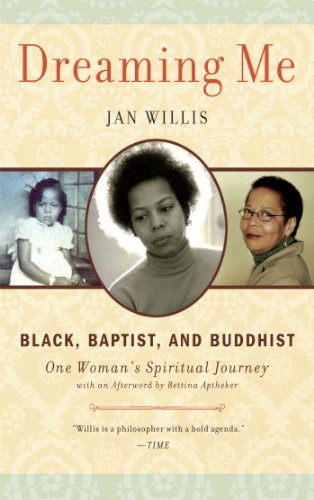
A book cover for Dreaming Me: Black, Baptist, and Buddhist  One Woman's Spiritual Journey; Jan Willis; Christian Books & Bibles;